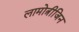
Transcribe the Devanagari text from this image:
लामोत्रीजिन